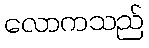
လောကသည်